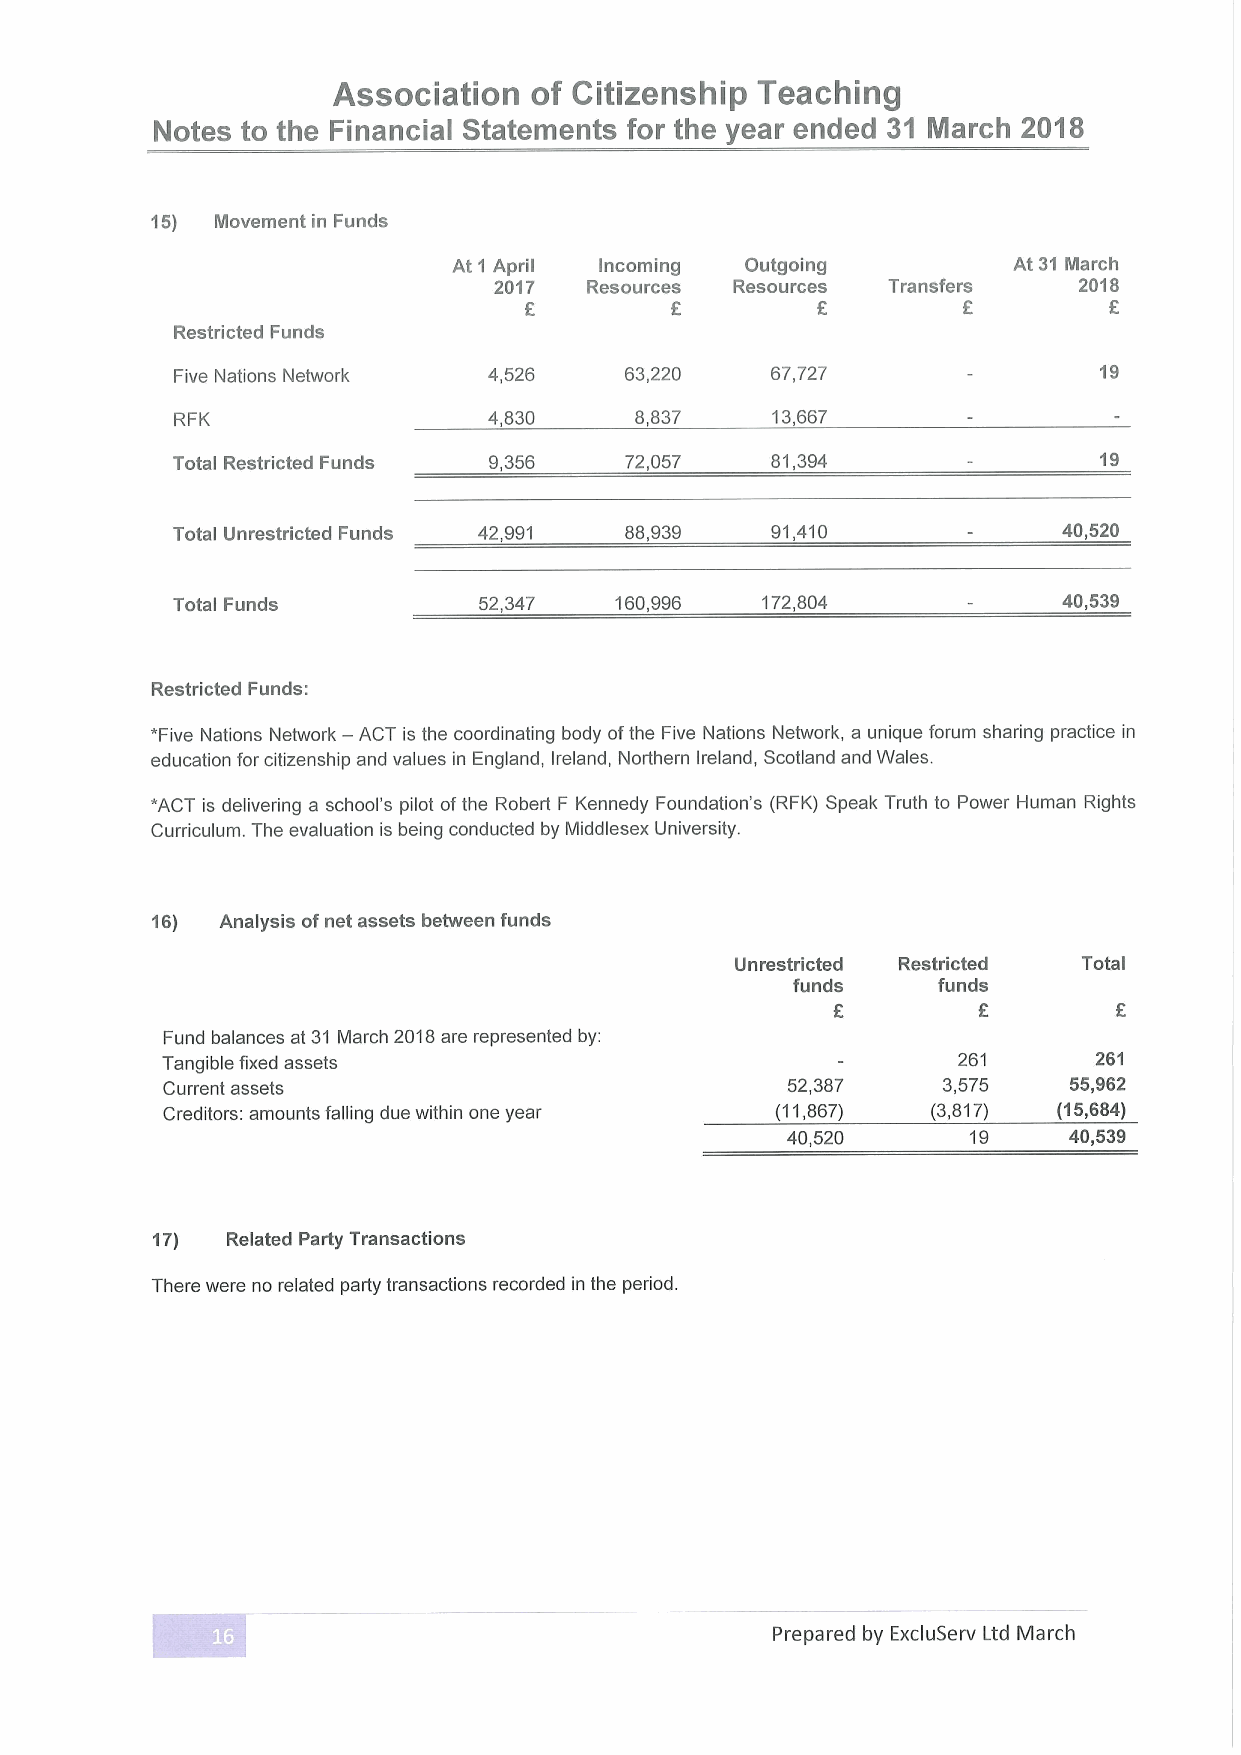
Association  of Citizenship Teaching
 Notes to the Financial Statements for the year ended 31 March 2018
 15) Movement in Funds
 At 1 April Incoming Outgoing         At 31 March
 2017  Resources Resources Transfers   2018
 f                  f
 F
 Restricted Funds
 Five Nations Network 4,526   63,220    67,727                19
 RFK                 4,830     8,837    13,667
 Total Restricted Funds 9,356  72,057    81,394                19
 Total Unrestricted Funds 42,991 88,939  91,410             40,520
 Total Funds          52,347   160,996  172,804             40,539
 Restricted Funds:
 *Five Nations Network — ACT is the coordinating body ofthe Five Nations Network, a unique forum sharing practice in
 education for citizenship and values in England, Ireland, Northern Ireland, Scotland and Wales.
 *ACT is delivering a school's pilot ofthe Robert F Kennedy Foundation's (RFK) Speak Truth to Power Human Rights
 Curriculum. The evaluation is being conducted by Middlesex University.
 16)  Analysis ofnet assets between funds
 Unrestricted Restricted Total
 funds     funds
 E         E
 Fund balances at 31 March 2018are represented by:
 Tangible fixed assets                               261      261
 Current assets                           52,387    3,575    55,962
 Creditors: amounts falling due within one year (11,867) (3,817) (15,684)
 40,520      19     40,539
 17)  Related Party Transactions
 There were no related party transactions recorded in the period.
 Prepared by ExcluServ Ltd March